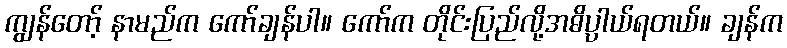
ကျွန်တော့် နာမည်က ကော်ချန်ပါ။ ကော်က တိုင်းပြည်လို့အဓိပ္ပာယ်ရတယ်။ ချန်က